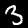
Digit: 3